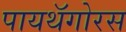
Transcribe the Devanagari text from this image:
पायथॅगोरस